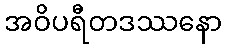
အဝိပရီတဒဿနော